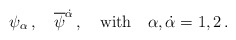
\begin{align*}\psi_{\alpha} \, , \quad {\overline \psi}^{\dot \alpha} \, , \quad {\rm with} \quad \alpha,{\dot\alpha}=1,2 \, .\end{align*}